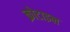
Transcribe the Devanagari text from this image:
क्रोटाइल